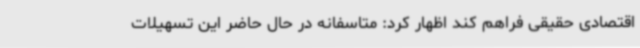
اقتصادی حقیقی فراهم کند اظهار کرد: متاسفانه در حال حاضر این تسهیلات